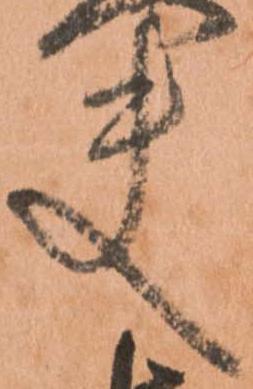
夫